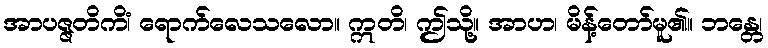
အာပဇ္ဇတိကိံ၊ ရောက်လေသလော။ ဣတိ၊ ဤသို့။ အာဟ၊ မိန့်တော်မူ၏။ ဘန္တေ၊